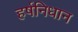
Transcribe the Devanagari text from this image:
हर्षनिधान